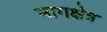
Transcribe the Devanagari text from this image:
नागक्षेत्र